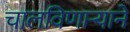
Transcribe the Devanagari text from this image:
चालविणाऱ्याने